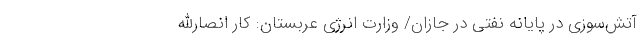
آتش‌سوزی در پایانه نفتی در جازان/ وزارت انرژی عربستان: کار انصارالله